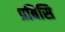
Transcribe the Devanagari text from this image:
प्रबिसि